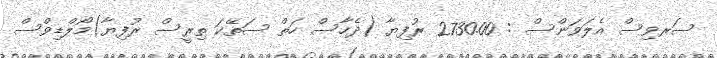
ސަރވިސް އެލަވަންސް : 2730.00 ރުފިޔާ (ދެހާސް ހަތް ސަތޭކަ ތިރީސް ރުފިޔާ)މޯލްޑިވްސް